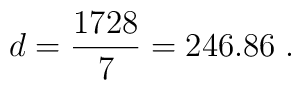
d = \frac{1728}{7}=246.86\; .